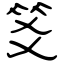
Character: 笅